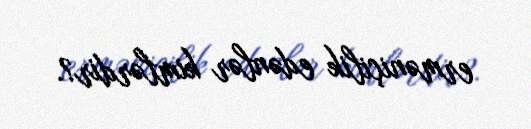
erməniçilik edənlər kimlərdir?.